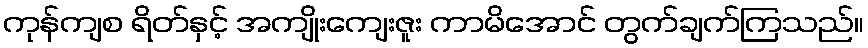
ကုန်ကျစ ရိတ်နှင့် အကျိုးကျေးဇူး ကာမိအောင် တွက်ချက်ကြသည်။